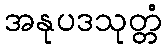
အနုပဒသုတ္တံ